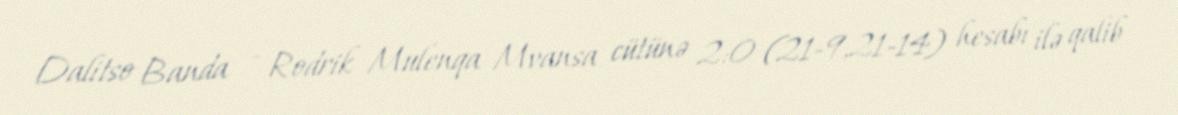
Dalitso Banda - Rodrik Mulenqa Mvansa cütünə 2:0 (21-9,21-14) hesabı ilə qalib